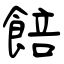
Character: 餢